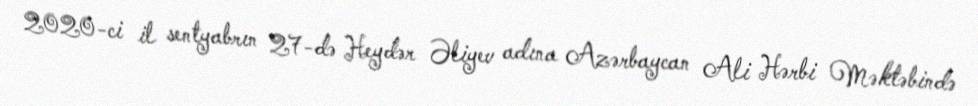
2020-ci il sentyabrın 27-də Heydər Əliyev adına Azərbaycan Ali Hərbi Məktəbində